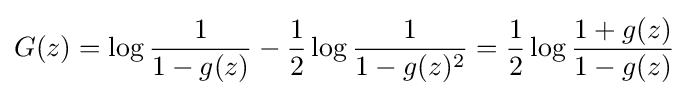
G(z)=\log {\frac {1}{1-g(z)}}-{\frac {1}{2}}\log {\frac {1}{1-g(z)^{2}}}={\frac {1}{2}}\log {\frac {1+g(z)}{1-g(z)}}